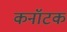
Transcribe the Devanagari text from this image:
कनॉटक